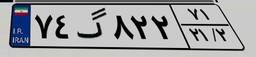
۷۴گ۸۲۲۷۱